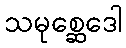
သမုစ္ဆေဒေါ